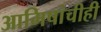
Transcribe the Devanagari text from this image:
आमिषांचीही